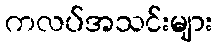
ကလပ်အသင်းများ